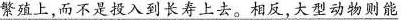
繁殖上，而不是投入到长寿上去。相反，大型动物则能